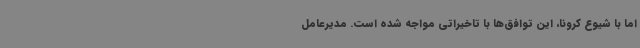
اما با شیوع کرونا، این توافق‌ها با تاخیراتی مواجه شده است. مدیرعامل